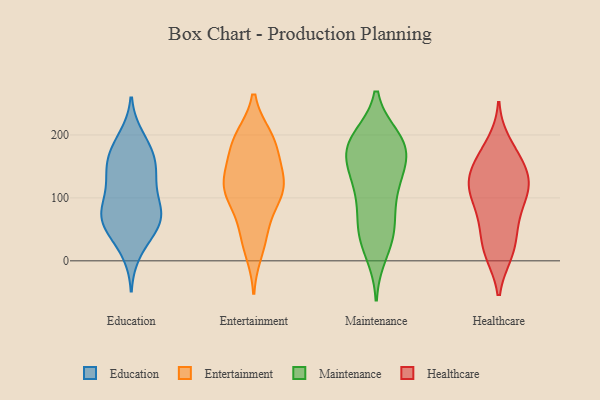
{"axis": {"x": "Waste Production (Tons)", "y": "Value"}, "legend": ["Education", "Entertainment", "Healthcare", "Maintenance"], "data": [{"x": "", "y": 59, "type": "Education"}, {"x": "", "y": 74, "type": "Education"}, {"x": "", "y": 14, "type": "Education"}, {"x": "", "y": 166, "type": "Education"}, {"x": "", "y": 80, "type": "Education"}, {"x": "", "y": 190, "type": "Education"}, {"x": "", "y": 92, "type": "Education"}, {"x": "", "y": 53, "type": "Education"}, {"x": "", "y": 197, "type": "Education"}, {"x": "", "y": 137, "type": "Education"}, {"x": "", "y": 147, "type": "Education"}, {"x": "", "y": 34, "type": "Education"}, {"x": "", "y": 133, "type": "Education"}, {"x": "", "y": 163, "type": "Education"}, {"x": "", "y": 62, "type": "Education"}, {"x": "", "y": 168, "type": "Education"}, {"x": "", "y": 126, "type": "Education"}, {"x": "", "y": 102, "type": "Education"}, {"x": "", "y": 69, "type": "Education"}, {"x": "", "y": 70, "type": "Education"}, {"x": "", "y": 196, "type": "Entertainment"}, {"x": "", "y": 16, "type": "Entertainment"}, {"x": "", "y": 124, "type": "Entertainment"}, {"x": "", "y": 168, "type": "Entertainment"}, {"x": "", "y": 195, "type": "Entertainment"}, {"x": "", "y": 100, "type": "Entertainment"}, {"x": "", "y": 110, "type": "Entertainment"}, {"x": "", "y": 93, "type": "Entertainment"}, {"x": "", "y": 43, "type": "Entertainment"}, {"x": "", "y": 120, "type": "Entertainment"}, {"x": "", "y": 43, "type": "Entertainment"}, {"x": "", "y": 111, "type": "Entertainment"}, {"x": "", "y": 186, "type": "Entertainment"}, {"x": "", "y": 190, "type": "Entertainment"}, {"x": "", "y": 131, "type": "Entertainment"}, {"x": "", "y": 141, "type": "Entertainment"}, {"x": "", "y": 173, "type": "Maintenance"}, {"x": "", "y": 143, "type": "Maintenance"}, {"x": "", "y": 190, "type": "Maintenance"}, {"x": "", "y": 106, "type": "Maintenance"}, {"x": "", "y": 47, "type": "Maintenance"}, {"x": "", "y": 194, "type": "Maintenance"}, {"x": "", "y": 175, "type": "Maintenance"}, {"x": "", "y": 103, "type": "Maintenance"}, {"x": "", "y": 52, "type": "Maintenance"}, {"x": "", "y": 62, "type": "Maintenance"}, {"x": "", "y": 136, "type": "Maintenance"}, {"x": "", "y": 131, "type": "Maintenance"}, {"x": "", "y": 190, "type": "Maintenance"}, {"x": "", "y": 12, "type": "Maintenance"}, {"x": "", "y": 33, "type": "Maintenance"}, {"x": "", "y": 181, "type": "Maintenance"}, {"x": "", "y": 180, "type": "Maintenance"}, {"x": "", "y": 11, "type": "Healthcare"}, {"x": "", "y": 158, "type": "Healthcare"}, {"x": "", "y": 117, "type": "Healthcare"}, {"x": "", "y": 99, "type": "Healthcare"}, {"x": "", "y": 49, "type": "Healthcare"}, {"x": "", "y": 123, "type": "Healthcare"}, {"x": "", "y": 12, "type": "Healthcare"}, {"x": "", "y": 68, "type": "Healthcare"}, {"x": "", "y": 148, "type": "Healthcare"}, {"x": "", "y": 123, "type": "Healthcare"}, {"x": "", "y": 11, "type": "Healthcare"}, {"x": "", "y": 187, "type": "Healthcare"}, {"x": "", "y": 153, "type": "Healthcare"}, {"x": "", "y": 76, "type": "Healthcare"}, {"x": "", "y": 176, "type": "Healthcare"}, {"x": "", "y": 43, "type": "Healthcare"}, {"x": "", "y": 111, "type": "Healthcare"}, {"x": "", "y": 132, "type": "Healthcare"}, {"x": "", "y": 108, "type": "Healthcare"}]}